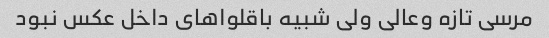
مرسی تازه وعالی ولی شبیه باقلواهای داخل عکس نبود